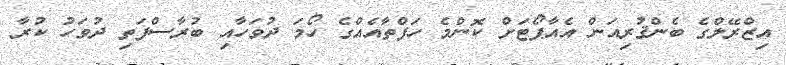
އިޒްރޭލްގެ ބެންޤުރިއަން އެއާޕޯޓަށް ކޮންމެ ހަފްތާއެއްގެ ހޯމަ ދުވަހާއި ބުރާސްފަތި ދުވަހު ކުރާ